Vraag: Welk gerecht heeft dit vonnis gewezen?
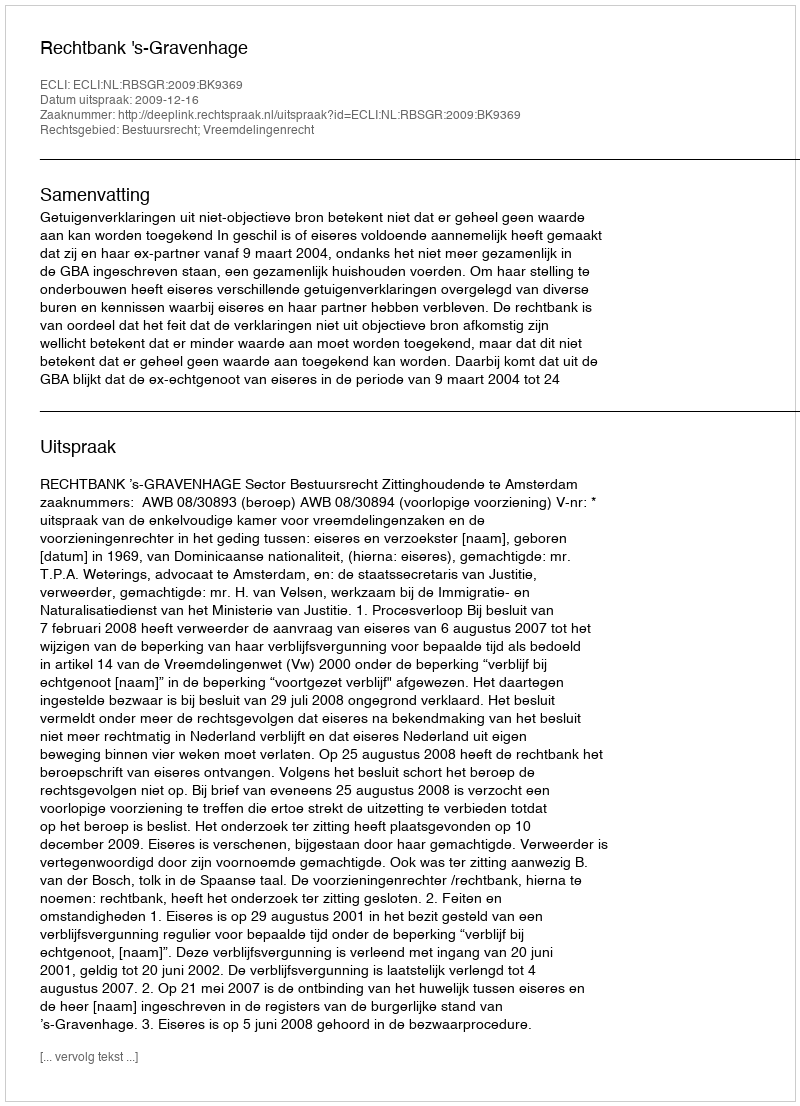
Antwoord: Rechtbank 's-Gravenhage